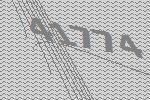
41774